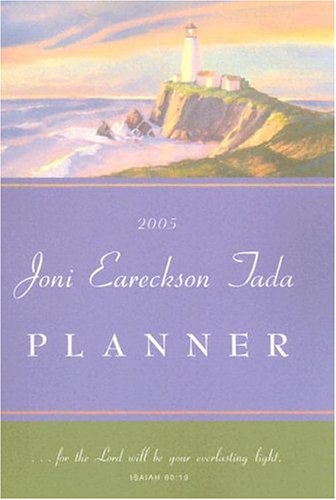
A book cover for Joni Planner; Joni Eareckson Tada; Calendars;